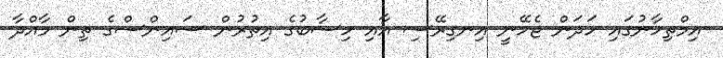
އިމްތިހާނުގައި ހަދަން ޖެހޭނީ އިނގިރޭސި އާއި ހިސާބުގެ އިތުރުން ސައިންސްގެ ތިން މާއްދާ